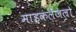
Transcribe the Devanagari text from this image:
माइकलेंजलो